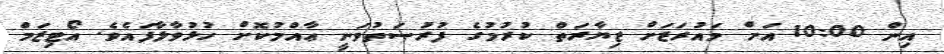
އިން 10:00 އަށް މައުރަޒަށް ޒިޔާރަތް ކުރުމުގެ ފުރުޞަތުވަނީ ޢާއްމުކޮށް ހުޅުވާލާފައެވެ. އޯޓިޒަމް